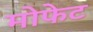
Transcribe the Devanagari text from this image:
मोफेट